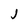
Character: j